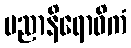
ပညာနိရောဓိကံ